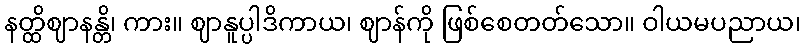
နတ္ထိဈာနန္တိ၊ ကား။ ဈာနူပ္ပါဒိကာယ၊ ဈာန်ကို ဖြစ်စေတတ်သော။ ဝါယမပညာယ၊